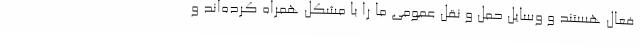
فعال هستند و وسایل حمل و نقل عمومی ما را با مشکل همراه کرده‌اند و